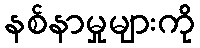
နစ်နာမှုများကို